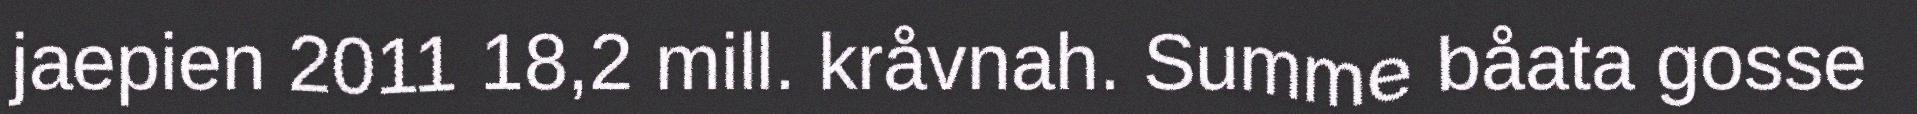
jaepien 2011 18,2 mill. kråvnah. Summe båata gosse